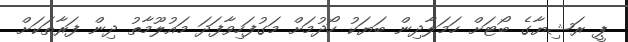
ޕީ ރަޝިޔާގެ ބޯޓަށް ހަމަލާދިން ބަޔަކު ހޯދުމަށް މަގުފަހިވާފަދަ މައުލޫމާތު ދިން ފަރާތަކަށް